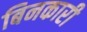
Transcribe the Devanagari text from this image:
बिनकारी